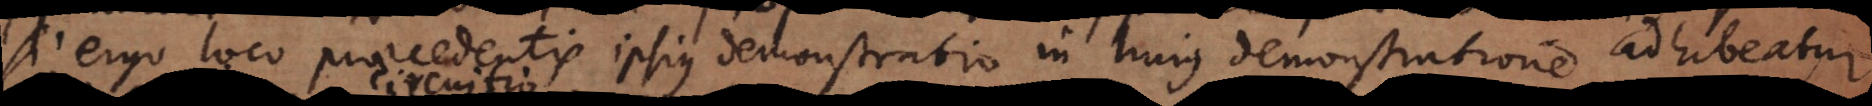
si ergo loco praecedentis ipsius demonstratio in huius demonstratione adhibeatur